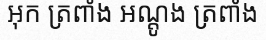
អុក ត្រពាំង អណ្តូង ត្រពាំង